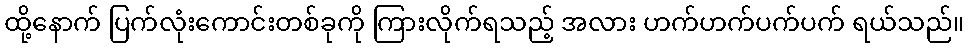
ထို့နောက် ပြက်လုံးကောင်းတစ်ခုကို ကြားလိုက်ရသည့် အလား ဟက်ဟက်ပက်ပက် ရယ်သည်။